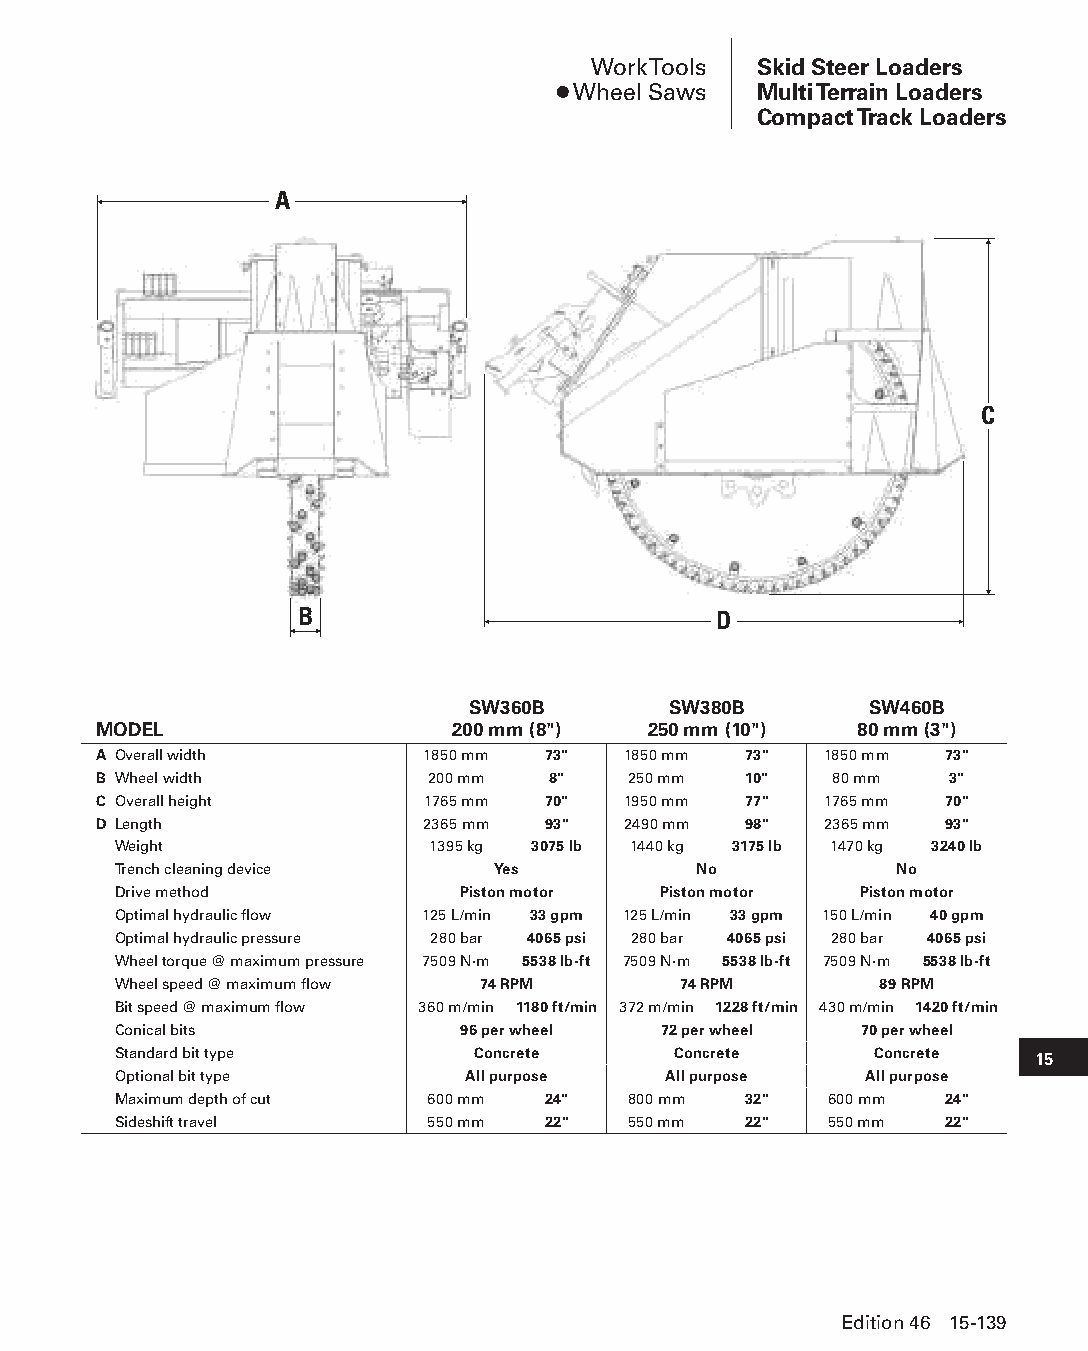
Work Tools Skid Steer Loaders
 ● Wheel Saws Multi Terrain Loaders
 Compact Track Loaders
 A
 C
 B                           D
 SW360B        SW380B       SW460B
 MODEL                  200 mm (8")  250 mm (10")  80 mm (3")
 A Overall width      1850 mm 73"   1850 mm 73"  1850 mm 73"
 B Wheel width         200 mm  8"   250 mm  10"  80 mm   3"
 C Overall height     1765 mm 70"   1950 mm 77"  1765 mm 70"
 D Length             2365 mm 93"   2490 mm 98"  2365 mm 93"
 Weight               1395 kg 3075 lb 1440 kg 3175 lb 1470 kg 3240 lb
 Trench cleaning device   Yes          No            No
 Drive method           Piston motor Piston motor Piston motor
 Optimal hydraulic flow 125 L/min 33 gpm 125 L/min 33 gpm 150 L/min 40 gpm
 Optimal hydraulic pressure 280 bar 4065 psi 280 bar 4065 psi 280 bar 4065 psi
 Wheel torque @ maximum pressure 7509 N·m 5538 lb-ft 7509 N·m 5538 lb-ft 7509 N·m 5538 lb-ft
 Wheel speed @ maximum flow 74 RPM    74 RPM        89 RPM
 Bit speed @ maximum flow 360 m/min 1180 ft/min 372 m/min 1228 ft/min 430 m/min 1420 ft/min
 Conical bits           96 per wheel 72 per wheel 70 per wheel
 Standard bit type       Concrete     Concrete     Concrete   15
 Optional bit type      All purpose  All purpose   All purpose
 Maximum depth of cut 600 mm 24"   800 mm  32"  600 mm  24"
 Sideshift travel     550 mm 22"   550 mm  22"  550 mm  22"
 Edition 46 15-139
 PPHHBB--SSeecc1155--1166..iinndddd 113399                      1122//44//1155 1100::5511 AAMM